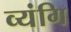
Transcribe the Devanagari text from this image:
व्यंगि